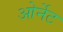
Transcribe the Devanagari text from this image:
ओर्नेट